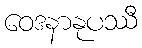
ဝေဒနာနုပဿီ